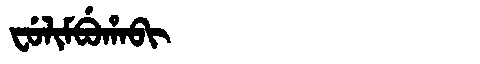
Manchu: ᠸᡠᠯᡳᠮᠪᡠᡥᠠᠪᡳ
Romanization: FULIMBUHABI